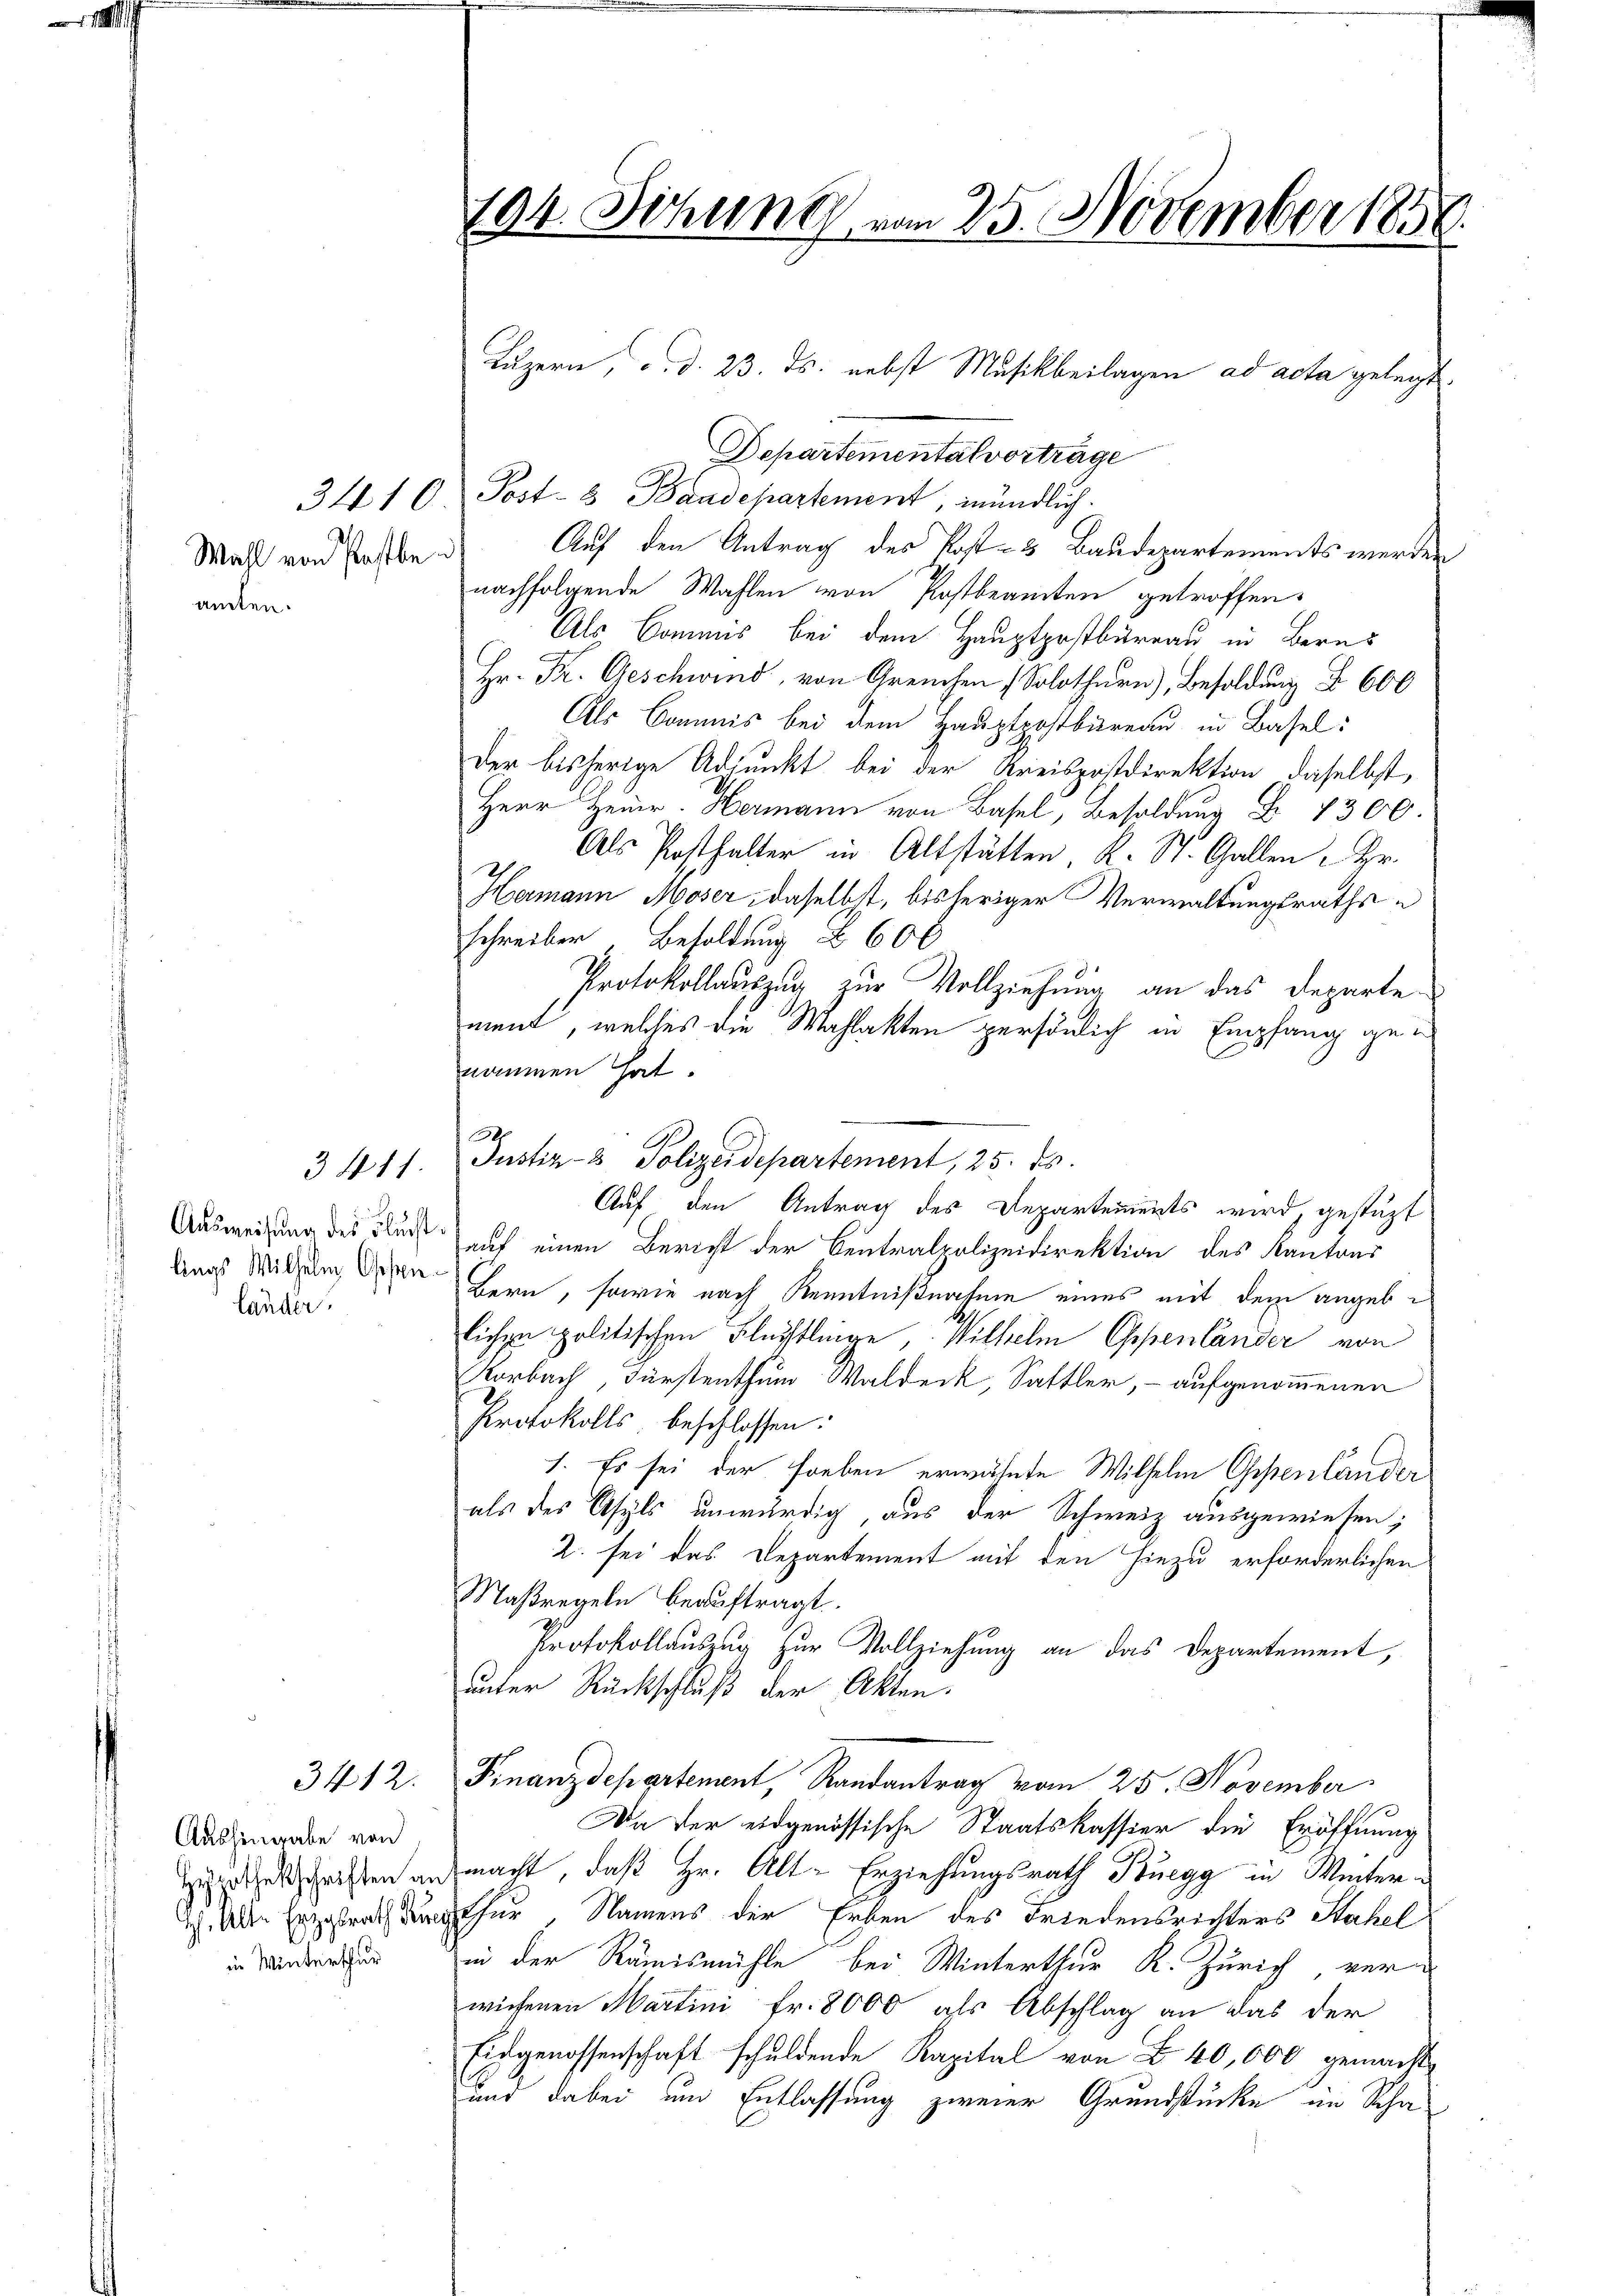
v

Wahl von Pastbe
amten.

länder

3412.

Aushingabe von
Hypothekschriften an
H. Alle Erzgsrath Au
in Winterthur

Departemental vortrage
3410. Post- & Baadepartement, mündlich.
Auf den Antrag des Kost- & Baudepartements werden
nachfolgende Wahlen von Postbeamten getroffen.
Als Commis bei dem Hauptpostbureau in Berns
Hr. Fr. Geschwind, von Greuchen Solothurn), Besoldung § 600
Als Commis bei dem Hauptpostbureau in Basel:
Der bisherige Adjunkt bei der Kreispostdirektion, daselbst,
Herr Heuer. Hermann von Basel, Besoldung B 4300
Als Posthalter in Altstätten, K. St. Gallen Hr.
Hermann Moser, daselbst, bisheriger Verwaltungsraths
schreiben Besoldung . 600
Protokollauszug zur Vollziehung an das Departement, welches die Wahlakten persönlich in Empfang genommen hat.
Auf den Antrag des Departements wird, gestüzt
Ausweisung des Kurs auf einen Bericht der Centralpolizeidirektion des Kantons
dines Witzung deren Bern, sowie nach Kenntnißnatur eines mit dem angeblichen politischen Flüchtlinge, Wilhelm Openländer von
Vorbach, Fürstenthum Waldeck, Sattler, - aufgenommenen
Protokolls beschlossen:
1. Es sei der soeben erwähnte Wilhelm Gestenländer
als des Asyls unwürdig aus der Schweiz ausgewiesen;
2. sei das Departement mit den hiezu erforderlichen
Maßregeln beauftragt.
Protokollauszug zur Vollziehung an das Departement,
unter Rückschluß der Akten.
Finanzdepartement, Randantrag vom 25. November
Da der eidgenössische Staatskassier die Eröffnung
macht, daß Hr. Alt-Erziehungsrath Buegg in Winterrthur, Namens der Erben des Friedensrichters Stahel
in der Rämismühle bei Winterthur K. Zürich ver
wiesenen Martini Fr. 8000 als Abschlag an das der
Eidgenossenschaft schuldende Kapital von  40,000 gemacht
und dabei um Entlassung zweier Grundstücke im Scha-

194. Schen vom 25. November 1858.
den

3 411. Justiz- & Polizeidepartement, 25. ds.

Luzern, d. d. 23. ds. nebst Musikbeilagen ad acta gelegt.